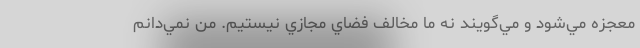
معجزه مي‌شود و مي‌گويند نه ما مخالف فضاي مجازي نيستيم. من نمي‌دانم